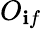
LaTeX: O_{\mathbf{i}f}